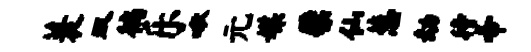
蓑双徜乐啾元媒檗仙葱劫待帝